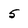
Character: 5